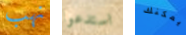
نهب استدعوا يمكنك